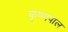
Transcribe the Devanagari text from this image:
कृष्णपाल